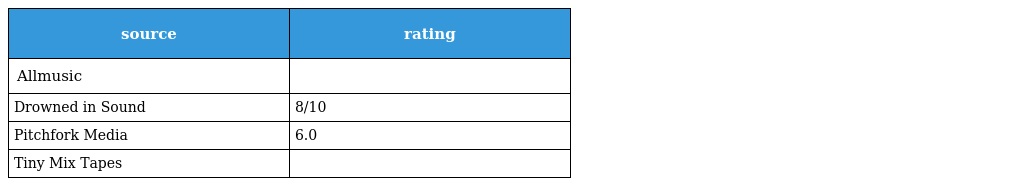
| source | rating |
 | --- | --- |
 | Allmusic |  |
 | Drowned in Sound | 8/10 |
 | Pitchfork Media | 6.0 |
 | Tiny Mix Tapes |  |